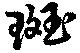
斑